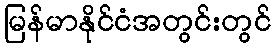
မြန်မာနိုင်ငံအတွင်းတွင်